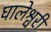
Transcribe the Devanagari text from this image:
घालेश्वरी